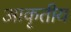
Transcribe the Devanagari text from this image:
आकृतीय